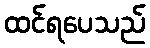
ထင်ရပေသည်